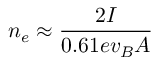
n _ { e } \approx \frac { 2 I } { 0 . 6 1 e v _ { B } A }